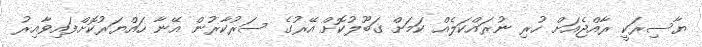
ޔާސިރަކީ ރާއްޖެއަށް ހުރި ނުރައްކަލެއް ކަމަށް ގަބޫލުކޮށް އޭރުގެ ސަރުކާރުން އޭނާ ހައްޔަރުކޮށްފައިވާއިރު